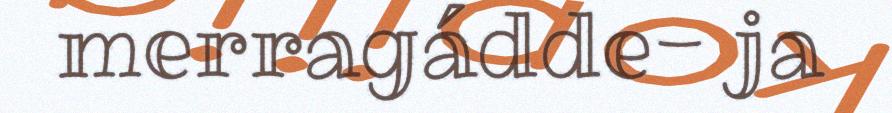
merragádde- ja